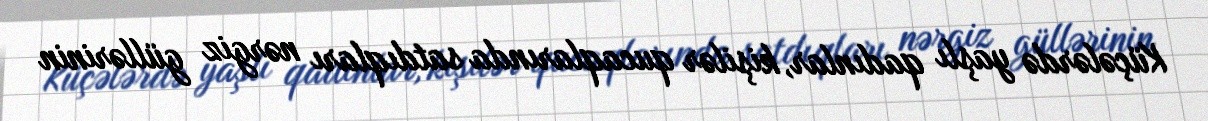
Küçələrdə yaşlı qadınlar, kişilər qucaqlarında satdıqları nərgiz güllərinin